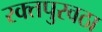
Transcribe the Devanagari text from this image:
रक्‍तपुरवठा